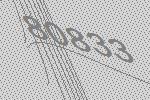
80833